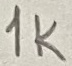
Text: 1k